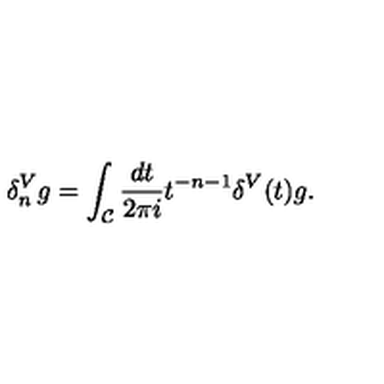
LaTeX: \delta _ { n } ^ { V } g = \int _ { \cal C } { \frac { d t } { 2 \pi i } } t ^ { - n - 1 } \delta ^ { V } ( t ) g .